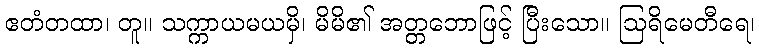
ဧတံတထာ၊ တူ။ သက္ကာယမယမှိ၊ မိမိ၏ အတ္တဘောဖြင့် ပြီးသော။ ဩရိမေတီရေ၊